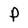
Character: p